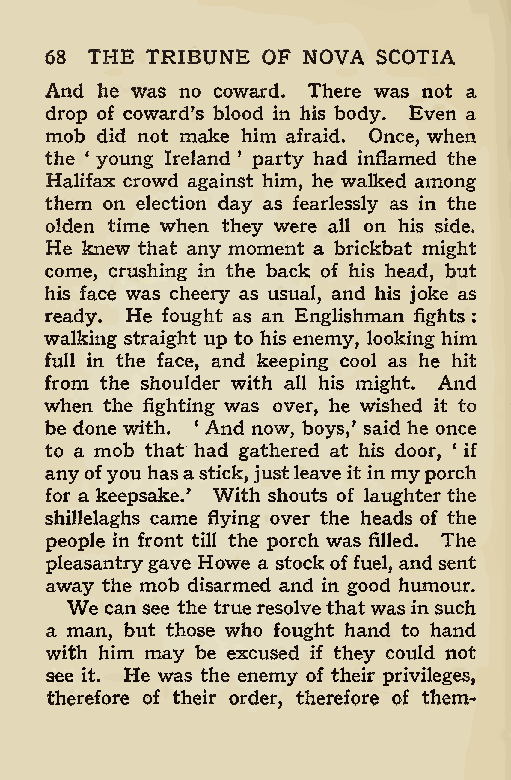
68 THE TRIBUNE OF NOVA SCOTIA
 And he was no coward. There was not a
 drop of coward’s blood in his body. Even a
 mob did not make him afraid. Once, when
 the ‘ young Ireland ’ party had inflamed the
 Halifax crowd against him, he walked among
 them on election day as fearlessly as in the
 olden time when they were all on his side.
 He knew that any moment a brickbat might
 come, crushing in the back of his head, but
 his face was cheery as usual, and his joke as
 ready. He fought as an Englishman fights :
 walking straight up to his enemy, looking him
 full in the face, and keeping cool as he hit
 from the shoulder with all his might. And
 when the fighting was over, he wished it to
 be done with. ‘ And now, boys,’ said he once
 to a mob that had gathered at his door, ‘ if
 anyofyouhasastick,justleave it in myporch
 for a keepsake., With shouts of laughter the
 shillelaghs came flying over the heads of the
 people in front till the porch was filled. The
 pleasantrygave Howe a stock of fuel, andsent
 away the mob disarmed and in good humour.
 We can see the true resolvethatwas in such
 a man, but those who fought hand to hand
 with him may be excused if they could not
 see it. He was the enemy of their privileges,
 therefore of their order, therefore of them-